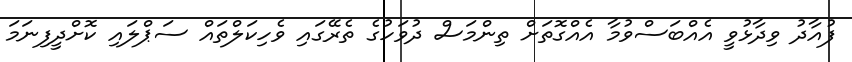
ފުއާދު ވިދާޅުވީ އެއްބަސްވުމާ އެއްގޮތަށް ތިންމަސް ދުވަހުގެ ތެރޭގައި ވެހިކަލްތައް ސަޕްލައި ކޮށްދީފިނަމަ